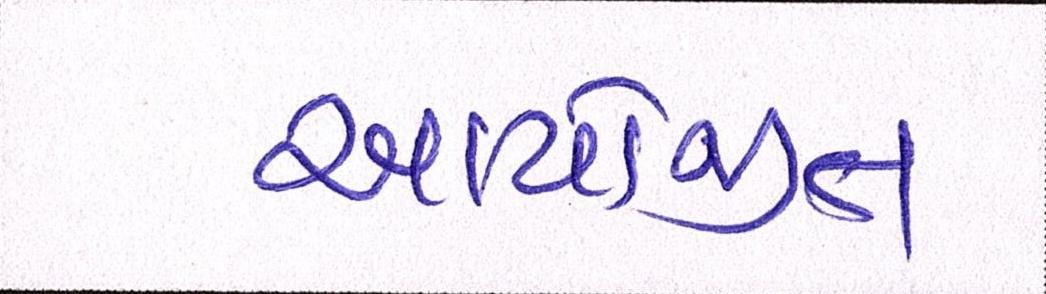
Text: આયોજીત